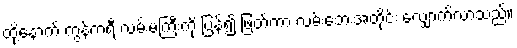
ထို့နောက် ကွန်ကရီ လမ်းမကြီးကို ပြန်၍ ဖြတ်ကာ လမ်းဘေးအတိုင်း လျှောက်လာသည်။